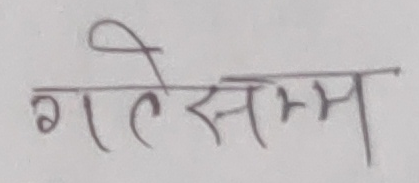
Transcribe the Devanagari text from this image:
गतेसम्म